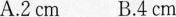
A.2cm B.4cm